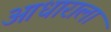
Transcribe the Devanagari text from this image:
आधाराला